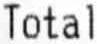
TOTAL